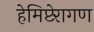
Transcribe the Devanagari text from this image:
हेमिप्टेरागण